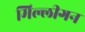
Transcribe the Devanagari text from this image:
मिल्लीगन